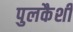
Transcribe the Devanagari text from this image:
पुलकैशी